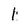
Character: 1